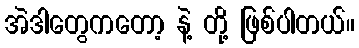
အဲဒါတွေကတော့ နဲ့ တို့ ဖြစ်ပါတယ်။